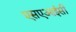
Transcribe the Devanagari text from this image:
एसएआईसी